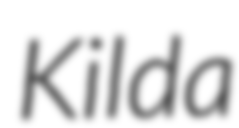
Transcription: Kilda